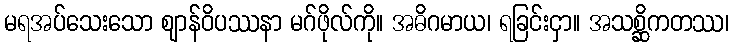
မရအပ်သေးသော ဈာန်ဝိပဿနာ မဂ်ဖိုလ်ကို။ အဓိဂမာယ၊ ရခြင်းငှာ။ အသစ္ဆိကတဿ၊